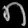
Digit: ၈